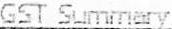
GST SUMMARY